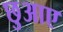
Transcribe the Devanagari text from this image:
छुआए